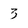
Character: 3